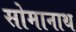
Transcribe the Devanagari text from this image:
सोमानाथ